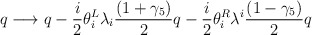
\begin{align*}q \longrightarrow q - {i\over 2} \theta^L_i \lambda_i{(1+\gamma_5)\over 2} q - {i\over 2} \theta^R_i \lambda^i{(1-\gamma_5)\over 2} q\end{align*}